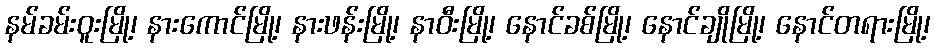
နမ်ခမ်းဝူးမြို့၊ နားကောင်မြို့၊ နားဖန်းမြို့၊ နာဝီးမြို့၊ နောင်ခစ်မြို့၊ နောင်ချိုမြို့၊ နောင်တရားမြို့၊